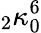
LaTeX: {}_{2}\kappa_{0}^{6}